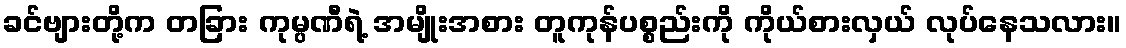
ခင်ဗျားတို့က တခြား ကုမ္ပဏီရဲ့ အမျိုးအစား တူကုန်ပစ္စည်းကို ကိုယ်စားလှယ် လုပ်နေသလား။